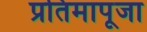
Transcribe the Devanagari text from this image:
प्रतिमापूजा